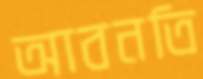
আবনতি